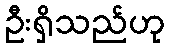
ဦးရှိသည်ဟု